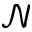
{ \mathcal N }